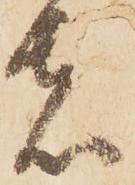
者